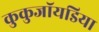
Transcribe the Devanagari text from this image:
कुकुजॉयडिया